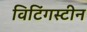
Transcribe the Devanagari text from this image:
विटिंगस्टीन